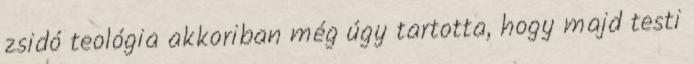
zsidó teológia akkoriban még úgy tartotta, hogy majd testi